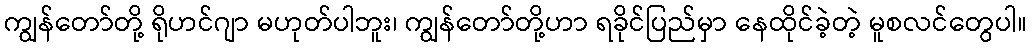
ကျွန်တော်တို့ ရိုဟင်ဂျာ မဟုတ်ပါဘူး၊ ကျွန်တော်တို့ဟာ ရခိုင်ပြည်မှာ နေထိုင်ခဲ့တဲ့ မူစလင်တွေပါ။